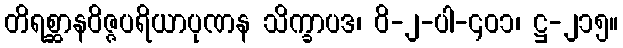
တိရစ္ဆာနဝိဇ္ဇပရိယာပုဏန သိက္ခာပဒ၊ ဝိ-၂-ပါ-၄၀၁၊ ဋ္ဌ-၂၁၅။